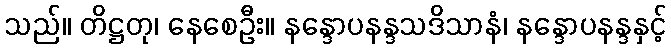
သည်။ တိဋ္ဌတု၊ နေစေဦး။ နန္ဒောပနန္ဒသဒိသာနံ၊ နန္ဒောပနန္ဒနှင့်